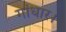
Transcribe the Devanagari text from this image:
गांधार।